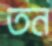
তন